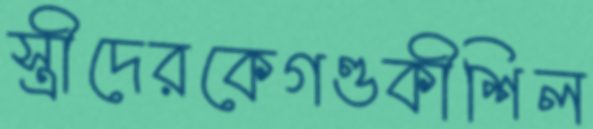
স্ত্রীদেরকেগণ্ডকীশিল